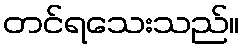
တင်ရသေးသည်။